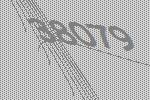
38079